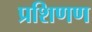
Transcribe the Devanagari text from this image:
प्रशिणण